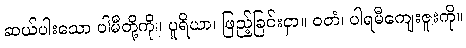
ဆယ်ပါးသော ပါမီတို့ကို။ ပူရိယာ၊ ဖြည့်ခြင်းငှာ။ ဝတံ၊ ပါရမီကျေးဇူးကို။